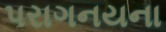
પરાગનયના